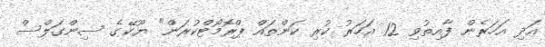
އަދި އަހަރެން ފާއިތުވި 12 އަހަރު ކުރި ކަންތައް ޕްރޮމޯޓްކުރަން" ޔޫކޭގެ ސިންގަލްސް